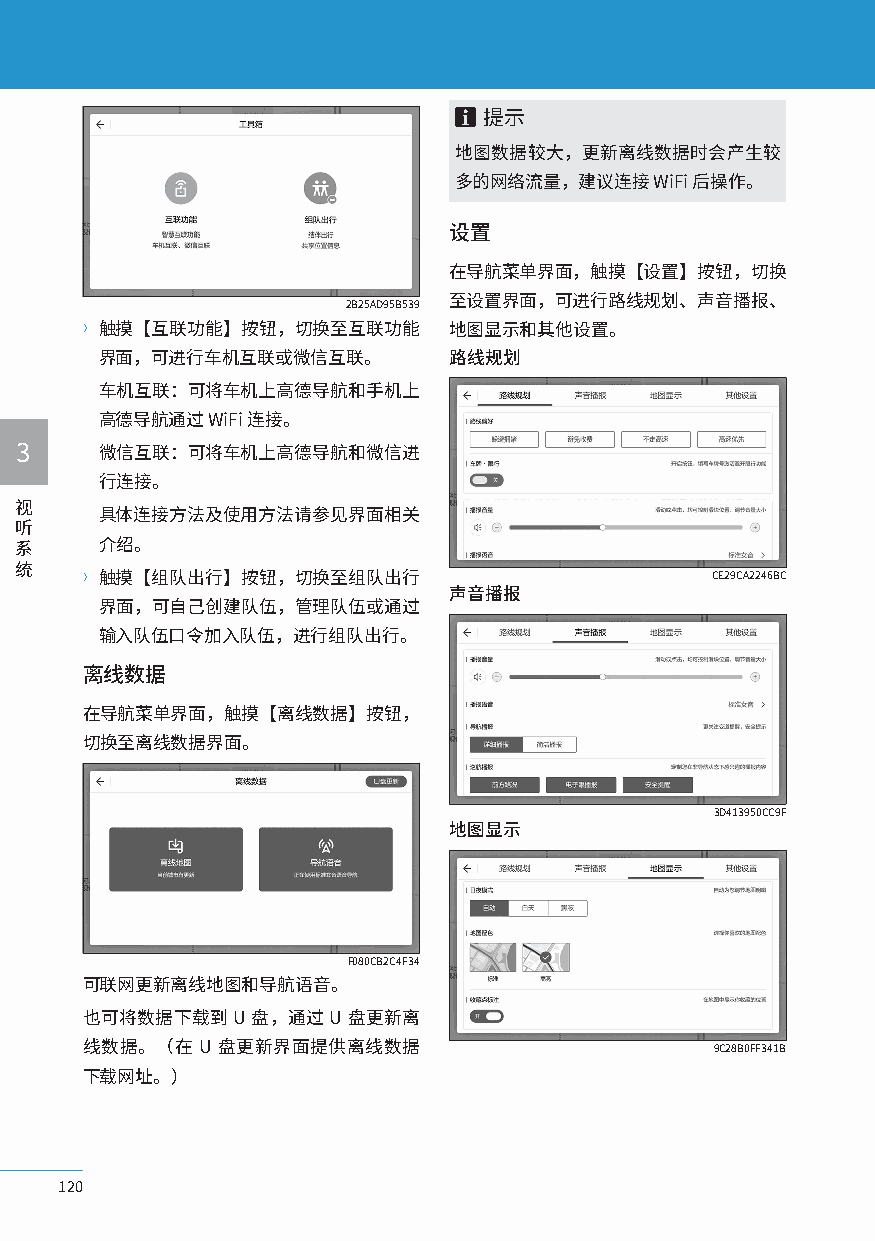
提示
 地图数据较大，更新离线数据时会产生较
 多的网络流量，建议连接  WiFi 后操作。
 设置
 在导航菜单界面，触摸【设置】按钮，切换
 2B25AD95B539 至设置界面，可进行路线规划、声音播报、
 〉触摸【互联功能】按钮，切换至互联功能      地图显示和其他设置。
 界面，可进行车机互联或微信互联。        路线规划
 车机互联：可将车机上高德导航和手机上
 高德导航通过  WiFi 连接。
 3    微信互联：可将车机上高德导航和微信进
 行连接。
 视
 具体连接方法及使用方法请参见界面相关
 听
 系    介绍。
 统
 〉触摸【组队出行】按钮，切换至组队出行                       CE29CA2246BC
 声音播报
 界面，可自己创建队伍，管理队伍或通过
 输入队伍口令加入队伍，进行组队出行。
 离线数据
 在导航菜单界面，触摸【离线数据】按钮，
 切换至离线数据界面。
 3D413950CC9F
 地图显示
 F080CB2C4F34
 可联网更新离线地图和导航语音。
 也可将数据下载到  U 盘，通过 U 盘更新离
 线数据。（在  U 盘更新界面提供离线数据                     9C28B0FF341B
 下载网址。）
 120